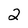
Character: 2